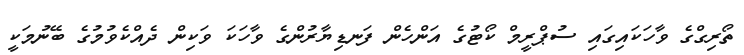
ތޯރިގްގެ ވާހަކައިގައި ސުޕްރީމް ކޯޓުގެ އަންހެން ފަނޑިޔާރުންގެ ވާހަކަ ވަކިން ދެއްކެވުމުގެ ބޭނުމަކީ